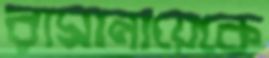
রামানায়েকে